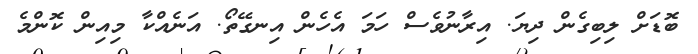
ބޮޑަށް ލިބިގެން ދިޔަ. އިރާނުވެސް ހަމަ އެހެން އިނގޭތޯ. އަނެއްކާ މިއިން ކޮންމެ